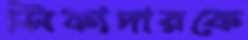
সিকাদারকে